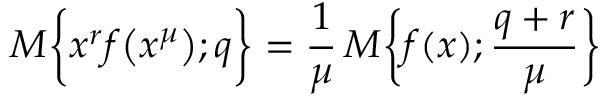
{ \cal M } \bigg \{ x ^ { r } f \big ( x ^ { \mu } \big ) ; q \bigg \} = \frac { 1 } { \mu } \, { \cal M } \bigg \{ f ( x ) ; { \frac { q + r } { \mu } } \bigg \}